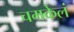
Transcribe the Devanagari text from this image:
चमकेलं